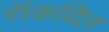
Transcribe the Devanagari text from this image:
रॉकविल